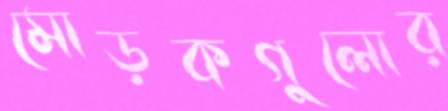
মোড়কগুলোর